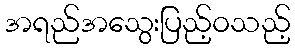
အရည်အသွေးပြည့်ဝသည့်